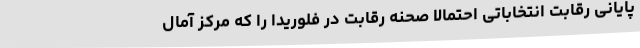
پایانی رقابت انتخاباتی احتمالا صحنه رقابت در فلوریدا را که مرکز آمال